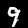
Digit: 9